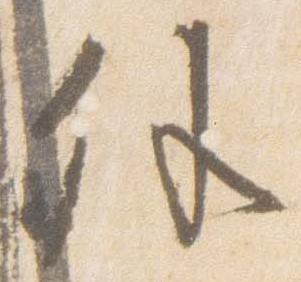
外